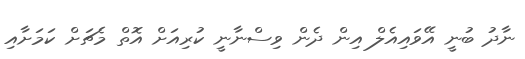
ނާދު ބުނީ އޭވައިއެލް އިން ދެން ވިސްނާނީ ކުރިއަށް އޮތް މެޗަށް ކަމަށާއި